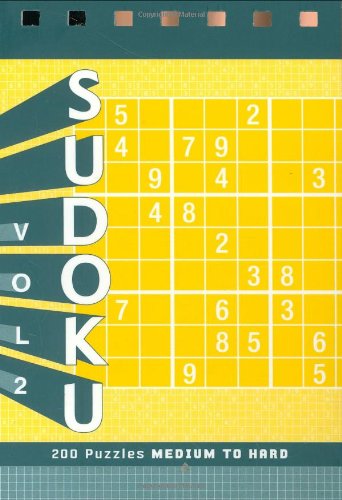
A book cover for Sudoku 2: Medium to Hard; Xaq Pitkow; Humor & Entertainment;